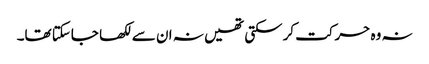
نہ وہ حرکت کرسکتی تھیں نہ ان سے لکھا جاسکتا تھا۔